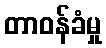
တာဝန်ခံမှု